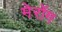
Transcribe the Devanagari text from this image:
मेरोंग